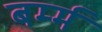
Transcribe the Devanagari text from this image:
बर्म्म